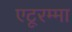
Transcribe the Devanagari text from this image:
एटूरम्मा